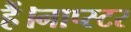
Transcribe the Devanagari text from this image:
हैं।नाप्स्टर